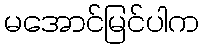
မအောင်မြင်ပါက